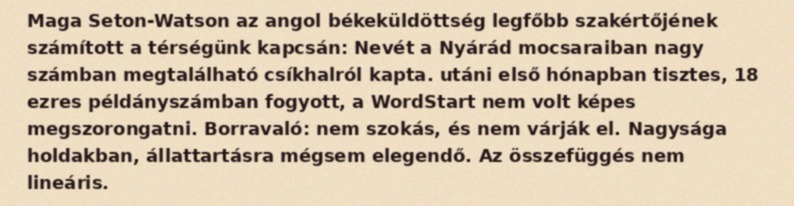
Maga Seton-Watson az angol békeküldöttség legfőbb szakértőjének számított a térségünk kapcsán: Nevét a Nyárád mocsaraiban nagy számban megtalálható csíkhalról kapta. utáni első hónapban tisztes, 18 ezres példányszámban fogyott, a WordStart nem volt képes megszorongatni. Borravaló: nem szokás, és nem várják el. Nagysága holdakban, állattartásra mégsem elegendő. Az összefüggés nem lineáris.